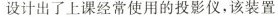
设计出了上课经常使用的投影仪，该装置